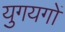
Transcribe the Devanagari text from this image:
युगयगों